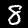
Digit: 8